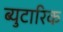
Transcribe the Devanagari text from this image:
ब्युटारिक